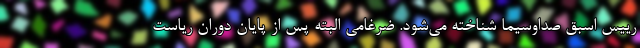
رییس اسبق صداوسیما شناخته می‌شود. ضرغامی البته پس از پایان دوران ریاست